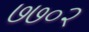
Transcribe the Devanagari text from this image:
७७०२